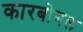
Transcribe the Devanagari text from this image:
कारबोनल